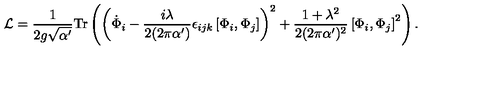
{ \cal L } = { \frac { 1 } { 2 g \sqrt { \alpha ^ { \prime } } } } \mathrm { T r } \left( \left( { \dot { \Phi } } _ { i } - { \frac { i \lambda } { 2 ( 2 \pi \alpha ^ { \prime } ) } } \epsilon _ { i j k } \left[ \Phi _ { i } , \Phi _ { j } \right] \right) ^ { 2 } + { \frac { 1 + \lambda ^ { 2 } } { 2 ( 2 \pi \alpha ^ { \prime } ) ^ { 2 } } } \left[ \Phi _ { i } , \Phi _ { j } \right] ^ { 2 } \right) .